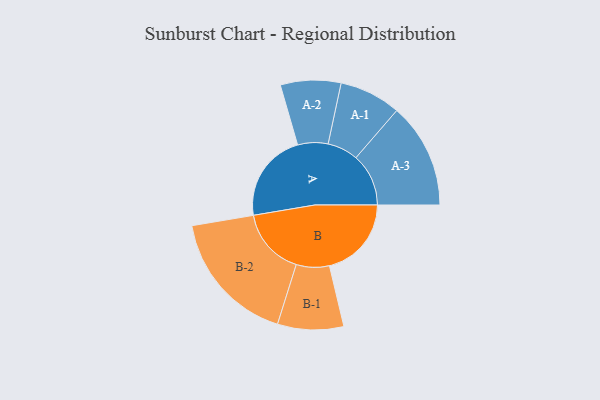
{"axis": {"x": "Segment", "y": "Value"}, "legend": ["", "A", "B"], "data": [{"x": "A", "y": 319, "type": ""}, {"x": "B", "y": 293, "type": ""}, {"x": "A-1", "y": 110, "type": "A"}, {"x": "A-2", "y": 108, "type": "A"}, {"x": "A-3", "y": 188, "type": "A"}, {"x": "B-1", "y": 118, "type": "B"}, {"x": "B-2", "y": 241, "type": "B"}]}